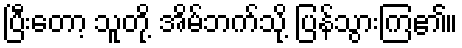
ပြီးတော့ သူတို့ အိမ်ဘက်သို့ ပြန်သွားကြ၏။